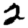
Digit: 2